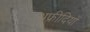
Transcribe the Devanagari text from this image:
अफ्रीदियों